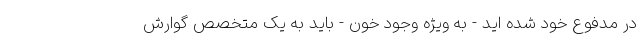
در مدفوع خود شده اید - به ویژه وجود خون - باید به یک متخصص گوارش